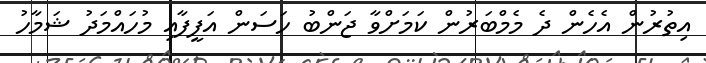
އިތުރުން އެހެން ދެ މެމްބަރުން ކަމަށްވާ ޖަންބު ހަސަން އަފީފާއި މުހައްމަދު ޝަމާހު